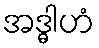
အဒ္ဓါဟံ